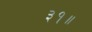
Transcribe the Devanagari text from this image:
३१॥